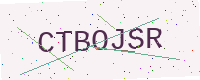
Text: CTBOJSR